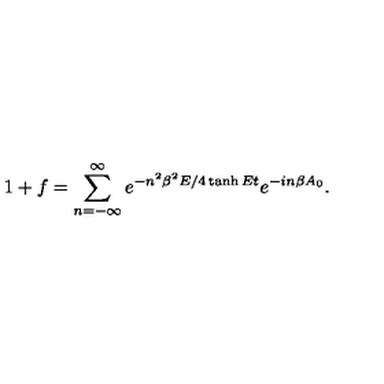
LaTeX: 1 + f = \sum _ { n = - \infty } ^ { \infty } e ^ { - n ^ { 2 } \beta ^ { 2 } E / 4 \tanh E t } e ^ { - i n \beta A _ { 0 } } .